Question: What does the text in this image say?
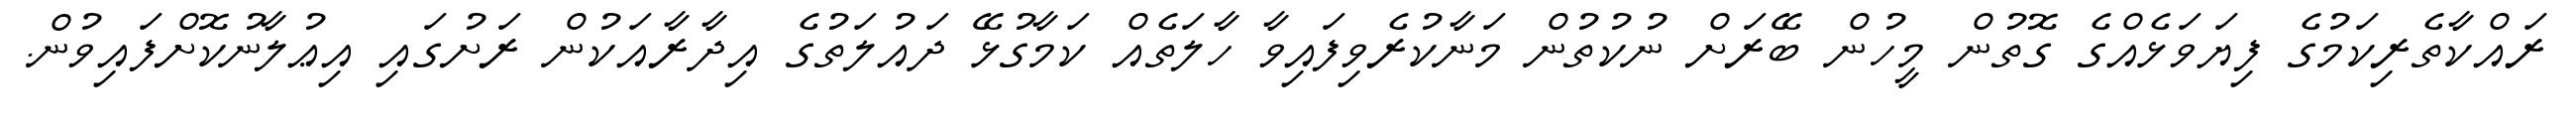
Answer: ރައްކާތެރިކަމުގެ ފިޔަވަޅެއްގެ ގޮތުން މީހުން ބޭރަށް ނުކުތުން މަނާކުރެވިފައިވާ ހާލަތެއް ކަމާގުޅޭ ދައުލަތުގެ އިދާރާއަކުން ރަށުގައި އިޢުލާނުކޮށްފައިވުން.